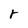
Character: r